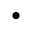
\bullet